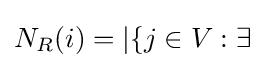
N_{R}(i)=|\{j\in V:\exists